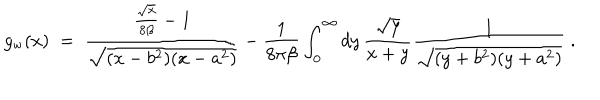
LaTeX: g _ { \mathrm { w } } ( x ) \; = \; { \frac { { \frac { \sqrt { x } } { 8 \beta } } - 1 } { \sqrt { ( x - b ^ { 2 } ) ( x - a ^ { 2 } ) } } } - { \frac { 1 } { 8 \pi \beta } } \int _ { 0 } ^ { \infty } d y \, { \frac { \sqrt { y } } { x + y } } { \frac { 1 } { \sqrt { ( y + b ^ { 2 } ) ( y + a ^ { 2 } ) } } } \; .